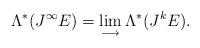
LaTeX: \begin{gather*}\Lambda^\ast(J^\infty E)=\lim_{\longrightarrow} \Lambda^\ast(J^kE) .\end{gather*}